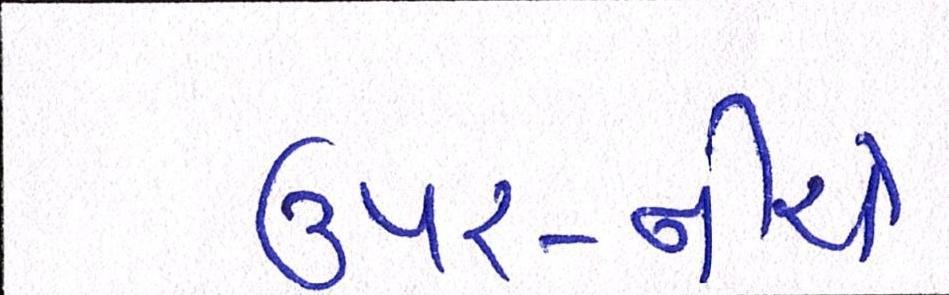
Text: ઉપર-નીચે